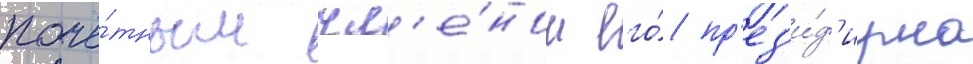
почё́тным чл'е́ном его́ пр'ез'и́д'иума